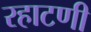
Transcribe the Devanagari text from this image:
रहाटणी